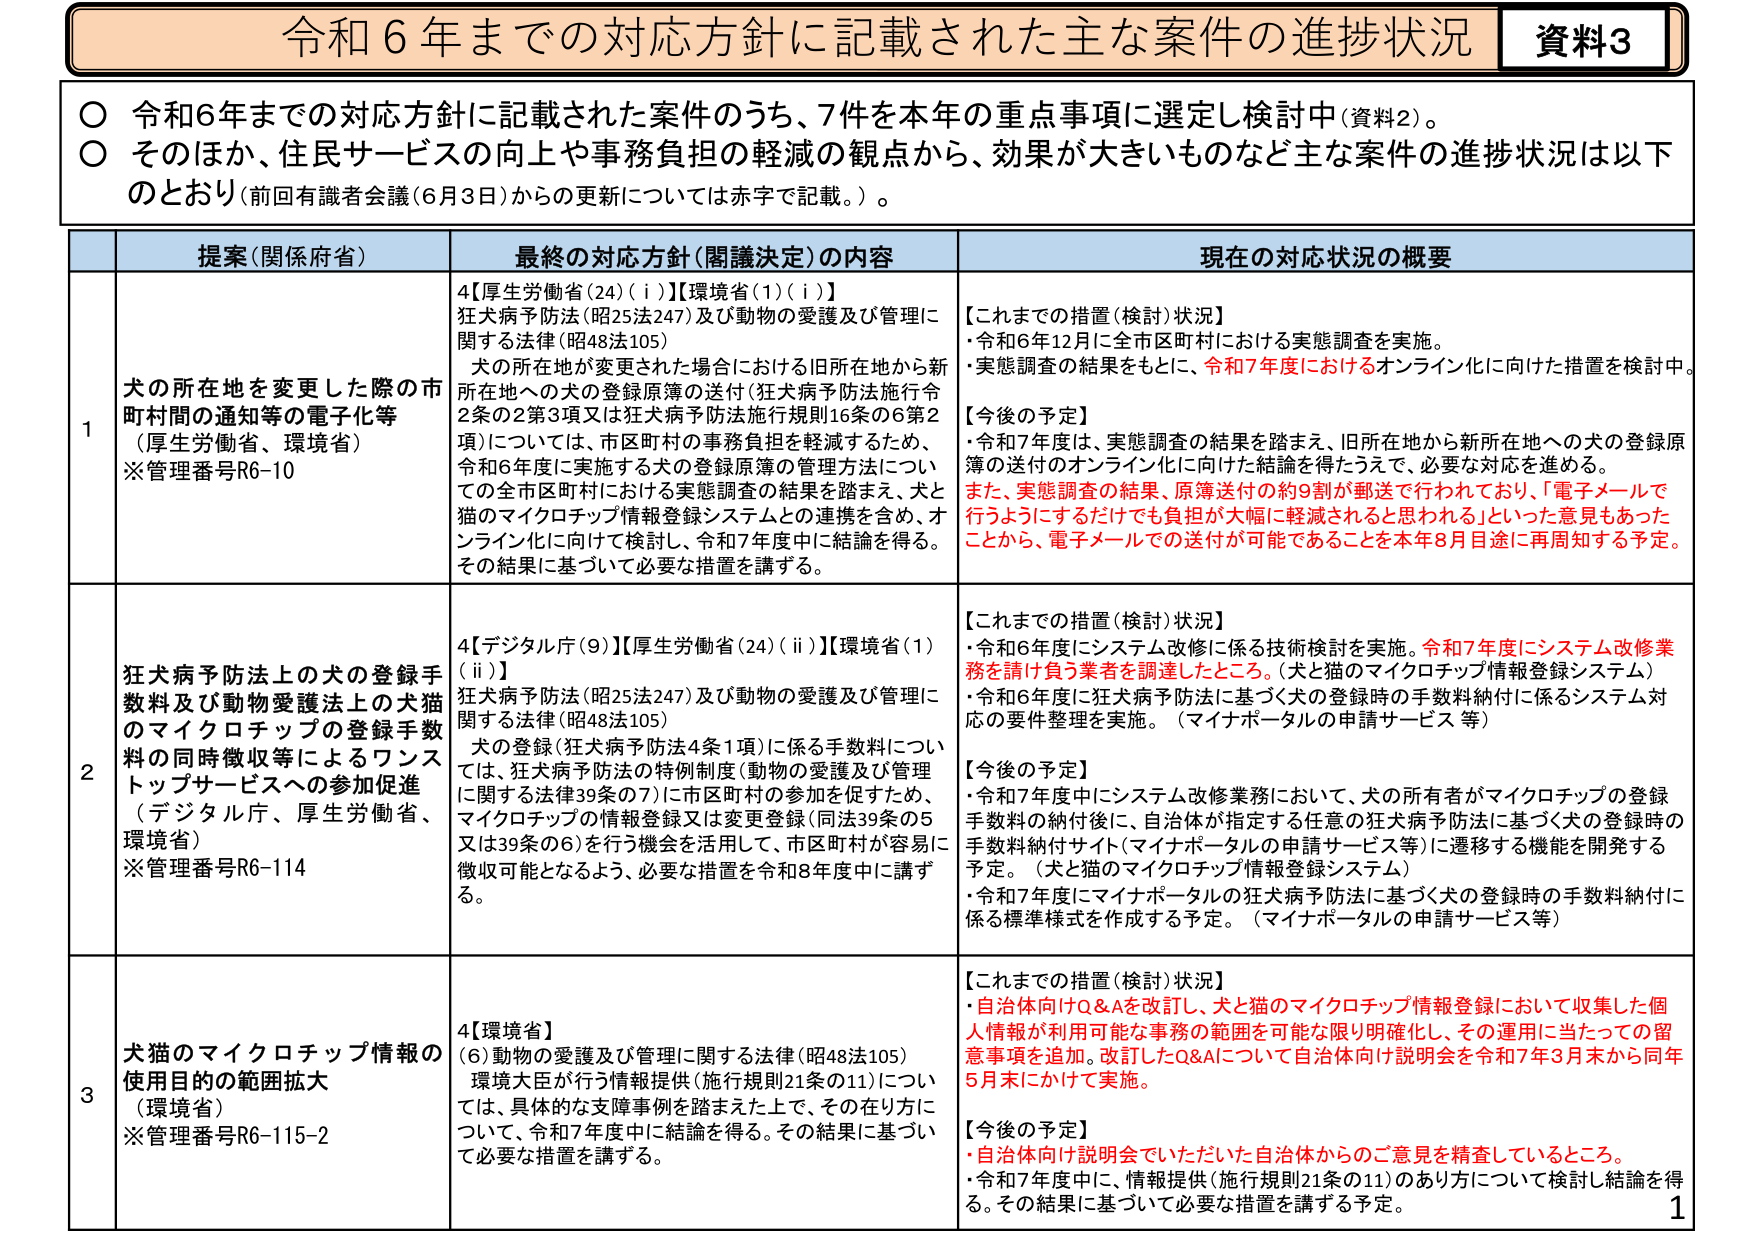
令和６年までの対応方針に記載された主な案件の進捗状況 資料3
○ 令和6年までの対応方針に記載された案件のうち、7件を本年の重点事項に選定し検討中（資料2）。
○ そのほか、住民サービスの向上や事務負担の軽減の観点から、効果が大きいものなど主な案件の進捗状況は以下のとおり（前回有識者会議（6月3日）からの更新については赤字で記載。）。

提案（関係省庁） 最終の対応方針（閣議決定）の内容 現在の対応状況の概要
1 犬の所在地を変更した際の市町村間の通知等の電子化等 （厚生労働省、環境省）
※管理番号R6-10
4【厚生労働省（24）（i）】【環境省（1）（i）】
狂犬病予防法（昭25法247）及び動物の愛護及び管理に関する法律（昭48法105）
犬の所在地が変更された場合における旧所在地から新所在地への犬の登録原簿の送付（狂犬病予防法施行令2条の2第3項又は狂犬病予防法施行規則16条の6第2項）については、市区町村の事務負担を軽減するため、令和6年度に実施する犬の登録原簿の管理方法についての全市区町村における実態調査の結果を踏まえ、犬と猫のマイクロチップ情報登録システムとの連携を含め、オンライン化に向けて検討し、令和7年度中に結論を得る。その結果に基づいて必要な措置を講ずる。
【これまでの措置（検討）状況】
・令和6年12月に全市区町村における実態調査を実施。
・実態調査の結果をもとに、令和7年度におけるオンライン化に向けた措置を検討中。
【今後の予定】
・令和7年度は、実態調査の結果を踏まえ、旧所在地から新所在地への犬の登録原簿の送付のオンライン化に向けた結論を得たうえで、必要な対応を進める。
また、実態調査の結果、原簿送付の約9割が郵送で行われており、「電子メールで行うようにするだけでも負担が大幅に軽減されると思われる」といった意見もあったことから、電子メールでの送付が可能であることを本年8月目途に再周知する予定。

2 狂犬病予防法上の犬の登録手数料及び動物愛護法上の犬猫のマイクロチップ登録手数料の同時徴収等によるワンストップサービスへの参加促進 （デジタル庁、厚生労働省、環境省）
※管理番号R6-114
4【デジタル庁（9）】【厚生労働省（24）（ii）】【環境省（1）（ii）】
狂犬病予防法（昭25法247）及び動物の愛護及び管理に関する法律（昭48法105）
犬の登録（狂犬病予防法4条1項）に係る手数料については、狂犬病予防法の特例制度（動物の愛護及び管理に関する法律39条の7）に市区町村の参加を促すため、マイクロチップの情報登録又は変更登録（同39条の5又は39条の6）を行う機会を活用して、市区町村が容易に徴収可能となるよう、必要な措置を令和8年度中に講ずる。
【これまでの措置（検討）状況】
・令和6年度にシステム改修に係る技術検討を実施。令和7年度にシステム改修業務を請け負う業者を調達したところ。（犬と猫のマイクロチップ情報登録システム）
・令和6年度に狂犬病予防法に基づく犬の登録時の手数料納付に係るシステム対応の要件整理を実施。（マイナポータルの申請サービス等）
【今後の予定】
・令和7年度中にシステム改修業務において、犬の所有者がマイクロチップの登録手数料の納付後に、自治体が指定する任意の狂犬病予防法に基づく犬の登録時の手数料納付サイト（マイナポータルの申請サービス等）に遷移する機能を開発する予定。（犬と猫のマイクロチップ情報登録システム）
・令和7年度にマイナポータルの狂犬病予防法に基づく犬の登録時の手数料納付に係る標準様式を作成する予定。（マイナポータルの申請サービス等）

3 犬猫のマイクロチップ情報の使用目的の範囲拡大 （環境省）
※管理番号R6-115-2
4【環境省】
（6）動物の愛護及び管理に関する法律（昭48法105）
環境大臣が行う情報提供（施行規則21条の11）については、具体的な支障事例を踏まえた上で、その在り方について、令和7年度中に結論を得る。その結果に基づいて必要な措置を講ずる。
【これまでの措置（検討）状況】
・自治体向けQ&Aを改訂し、犬と猫のマイクロチップ情報登録において収集した個人情報が利用可能な事務の範囲を可能な限り明確化し、その運用に当たっての留意事項を追加。改訂したQ&Aについて自治体向け説明会を令和7年3月末から同年5月末にかけて実施。
【今後の予定】
・自治体向け説明会でいただいた自治体からのご意見を精査しているところ。
・令和7年度中に、情報提供（施行規則21条の11）のあり方について検討し結論を得る。その結果に基づいて必要な措置を講ずる予定。

1